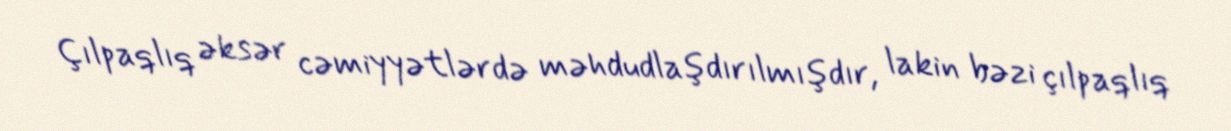
Çılpaqlıq əksər cəmiyyətlərdə məhdudlaşdırılmışdır, lakin bəzi çılpaqlıq